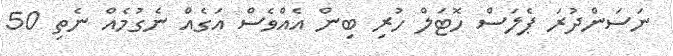
ނަސަންދުރަ ޕެލަސް ހޮޓަލް ހުރި ބިން އެއްވެސް އަގެއް ނެގުމެއް ނެތި 50